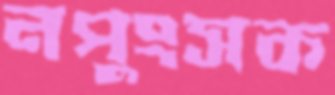
নপুংসক